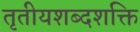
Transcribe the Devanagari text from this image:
तृतीयशब्दशक्ति